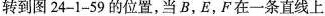
转到图24-1-59的位置，当B，E，F在一条直线上